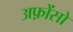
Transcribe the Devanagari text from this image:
अफ़ोंसो